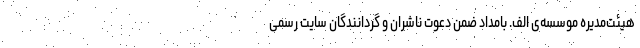
هیئت‌مدیره موسسه‌ی الف. بامداد ضمن دعوت ناشران و گردانندگان سایت رسمی